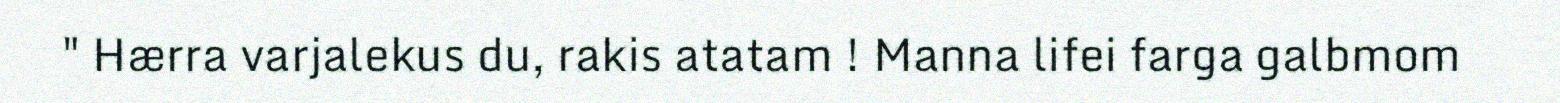
" Hærra varjalekus du, rakis atatam ! Manna lifei farga galbmom